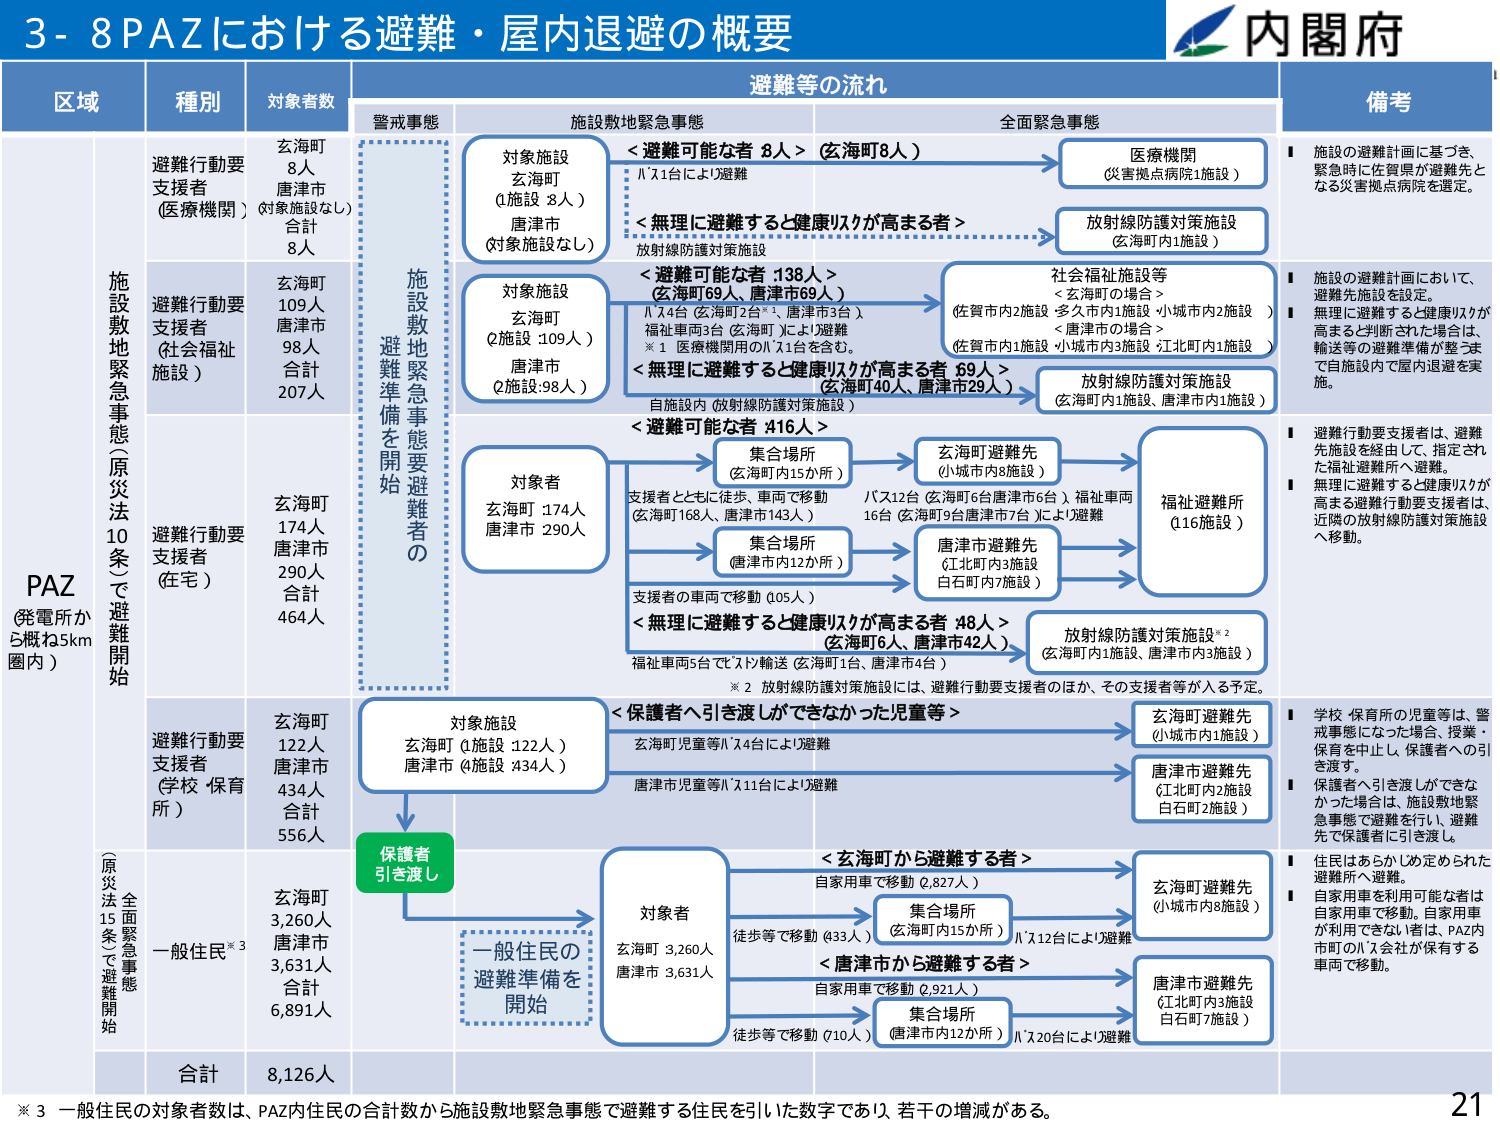
3-8 PAZにおける避難・屋内退避の概要

内閣府

区域 種別 対象者数 避難等の流れ 備考

警戒事態 施設敷地緊急事態 全面緊急事態

PAZ （発電所から概ね5km圏内）

施設敷地緊急事態（原災法10条）で避難開始

避難行動要支援者（医療機関）（対象施設なし）
玄海町 8人
唐津市 0人
合計 8人

避難行動要支援者（社会福祉施設）
玄海町 109人
唐津市 98人
合計 207人

避難行動要支援者（住宅）
玄海町 174人
唐津市 290人
合計 464人

避難行動要支援者（学校・保育所）
玄海町 122人
唐津市 434人
合計 556人

一般住民※3
玄海町 3,260人
唐津市 3,631人
合計 6,891人

合計 8,126人

施設敷地緊急事態要避難者の避難準備を開始

対象施設
玄海町（1施設 8人）
唐津市（対象施設なし）

<避難可能な者 8人>（玄海町8人）
バス1台により避難

<無理に避難すると健康リスクが高まる者>
放射線防護対策施設

医療機関（災害拠点病院施設）

放射線防護対策施設（玄海町内1施設）

対象施設
玄海町（2施設 109人）
唐津市（2施設 98人）

<避難可能な者 138人>（玄海町69人、唐津市69人）
バス4台（玄海町2台※1、唐津市3台）
福祉車両3台（玄海町）により避難
※1 医療機関用のバス1台を含む。

<無理に避難すると健康リスクが高まる者 69人>（玄海町40人、唐津市29人）
自施設内（放射線防護対策施設）

社会福祉施設等
<玄海町の場合>
（佐賀市内2施設 多久市内1施設 小城市内2施設）
<唐津市の場合>
（佐賀市内1施設 小城市内3施設 江北町内1施設）

放射線防護対策施設（玄海町内1施設、唐津市内1施設）

対象者
玄海町 174人
唐津市 290人

<避難可能な者 416人>
集合場所（玄海町内15か所）
支援者とともに徒歩、車両で移動
（玄海町168人、唐津市143人）
バス12台（玄海町6台 唐津市6台）福祉車両16台（玄海町9台 唐津市7台）により避難

集合場所（唐津市内12か所）
支援者の車両で移動（105人）

<無理に避難すると健康リスクが高まる者 48人>（玄海町6人、唐津市42人）
福祉車両5台でセット輸送（玄海町1台、唐津市4台）

福祉避難所（116施設）

放射線防護対策施設※2（玄海町内1施設、唐津市内3施設）
※2 放射線防護対策施設には、避難行動要支援者のほか、その支援者等が入る予定。

対象施設
玄海町（1施設 122人）
唐津市（4施設 434人）

<保護者へ引き渡しができなかった児童等>
玄海町児童等バス4台により避難
唐津市児童等バス11台により避難

玄海町避難先（小城市内8施設）
唐津市避難先（江北町内2施設 白石町2施設）

保護者引き渡し

一般住民の避難準備を開始

対象者
玄海町 3,260人
唐津市 3,631人

<玄海町から避難する者>
自家用車で移動（2,827人）
徒歩等で移動（433人）
集合場所（玄海町内15か所）バス12台により避難

<唐津市から避難する者>
自家用車で移動（2,921人）
徒歩等で移動（710人）
集合場所（唐津市内12か所）バス20台により避難

玄海町避難先（小城市内8施設）
唐津市避難先（江北町内3施設 白石町7施設）

備考
■ 施設の避難計画に基づき、緊急時に佐賀県が避難先となる災害拠点病院を選定。
■ 施設の避難計画において、避難先施設を設定。
■ 無理に避難すると健康リスクが高まると判断された場合は、輸送等の避難準備が整うまでは施設内で屋内退避を実施。
■ 避難行動要支援者は、避難先施設を経由して、指定された福祉避難所へ避難。
■ 無理に避難すると健康リスクが高まる避難行動要支援者は、近隣の放射線防護対策施設へ移動。
■ 学校・保育所の児童等は、警戒事態になった場合、授業・保育を中止し、保護者への引き渡し。
■ 保護者へ引き渡しができなかった場合は、施設敷地緊急事態で避難を行い、避難先で保護者に引き渡し。
■ 住民はあらかじめ定められた避難所へ避難。
■ 自家用車を利用可能な者は自家用車で移動。自家用車が利用できない者は、PAZ内市町のバス会社が保有する車両で移動。

※3 一般住民の対象者数は、PAZ内住民の合計数から施設敷地緊急事態で避難する住民を引いた数字であり、若干の増減がある。

21